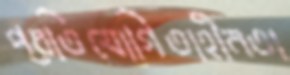
প্রতিযোগিতাহীনতা